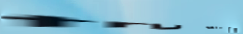
try our pizza